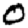
Digit: 0